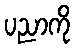
ပညာကို